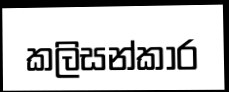
කලිසන්කාර